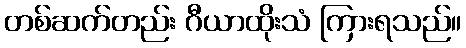
တစ်ဆက်တည်း ဂီယာထိုးသံ ကြားရသည်။